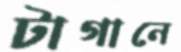
টাগানে